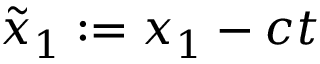
\tilde { x } _ { 1 } : = x _ { 1 } - c t